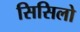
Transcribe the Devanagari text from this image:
सिसिलो